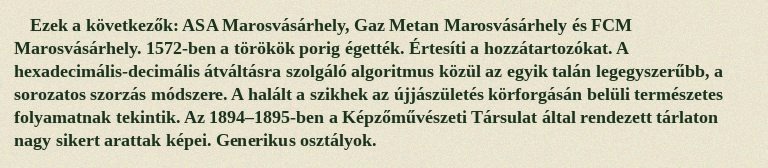
Ezek a következők: ASA Marosvásárhely, Gaz Metan Marosvásárhely és FCM Marosvásárhely. 1572-ben a törökök porig égették. Értesíti a hozzátartozókat. A hexadecimális-decimális átváltásra szolgáló algoritmus közül az egyik talán legegyszerűbb, a sorozatos szorzás módszere. A halált a szikhek az újjászületés körforgásán belüli természetes folyamatnak tekintik. Az 1894–1895-ben a Képzőművészeti Társulat által rendezett tárlaton nagy sikert arattak képei. Generikus osztályok.